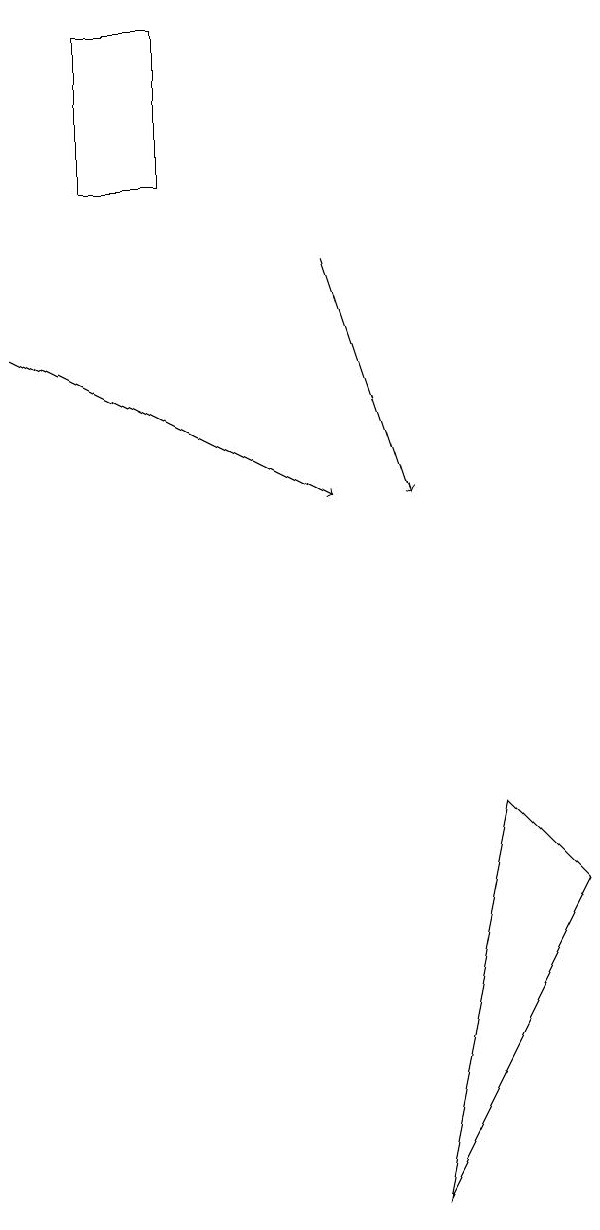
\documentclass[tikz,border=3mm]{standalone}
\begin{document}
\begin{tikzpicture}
\draw[->] (5,13) -- (6,10);
\draw[->] (1,12) -- (5,10);
\draw (3,16) rectangle (2,14);
\draw (6,1) -- (7,6) -- (8,5) -- cycle;
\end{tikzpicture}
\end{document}